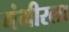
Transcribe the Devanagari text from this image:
गंभीरला